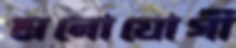
মনোযোগী